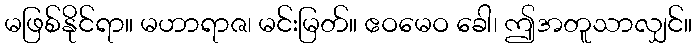
မဖြစ်နိုင်ရာ။ မဟာရာဇ၊ မင်းမြတ်။ ဧဝမေဝ ခေါ၊ ဤအတူသာလျှင်။